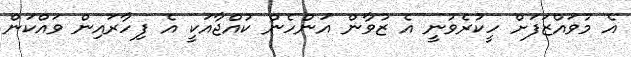
އެ މުވައްޒަފަށް ހީކުރެވުނީ އެ ޒުވާން އަންހެން ކުއްޖާއަކީ އެ ފިހާރައިން ވައްކަން